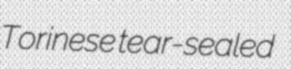
Torinese tear-sealed